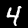
Digit: 4